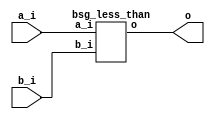
// This program was cloned from: https://github.com/chipsalliance/synlig
// License: Apache License 2.0



module top
(
  a_i,
  b_i,
  o
);

  input [15:0] a_i;
  input [15:0] b_i;
  output o;

  bsg_less_than
  wrapper
  (
    .a_i(a_i),
    .b_i(b_i),
    .o(o)
  );


endmodule



module bsg_less_than
(
  a_i,
  b_i,
  o
);

  input [15:0] a_i;
  input [15:0] b_i;
  output o;
  wire o;
  assign o = a_i < b_i;

endmodule